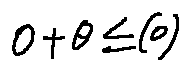
o + \theta \leq ( o )